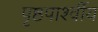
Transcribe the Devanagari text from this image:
पृष्ठपार्श्वीय